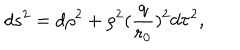
LaTeX: d s ^ { 2 } = d \rho ^ { 2 } + \rho ^ { 2 } ( \frac { q } { r _ { 0 } } ) ^ { 2 } d \tau ^ { 2 } ,